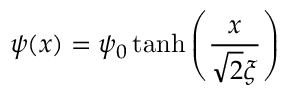
\psi ( x ) = \psi _ { 0 } \operatorname { t a n h } \left( { \frac { x } { { \sqrt { 2 } } \xi } } \right)